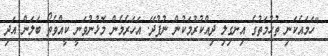
"ހަމައެކަނި ތުހުމަތުގެ އިނގިލި ދިއްކުރުމަކުން ނުފުދޭ. އަހަރެމެން މޮޅުނުވަނީ ކީއްވެތޯ ބަލަން އަދި